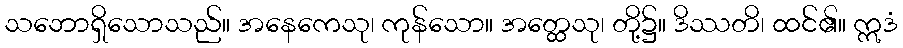
သဘောရှိသောသည်။ အနေကေသု၊ ကုန်သော။ အတ္ထေသု၊ တို့၌။ ဒိဿတိ၊ ထင်၏။ ဣဒံ